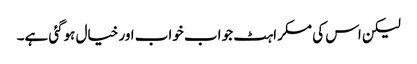
لیکن اس کی مسکراہٹ جو اب خواب اور خیال ہوگئی ہے۔